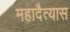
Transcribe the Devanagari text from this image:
महादैत्यास